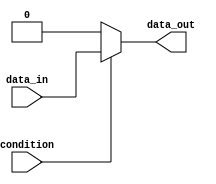
module if_else_statement (
  input wire condition,
  input wire data_in,
  output wire data_out
);

  always @* begin
    if (~condition) begin
      // Condition is false
      data_out = 0;
    end else begin
      // Condition is true
      data_out = data_in;
    end
  end

endmodule